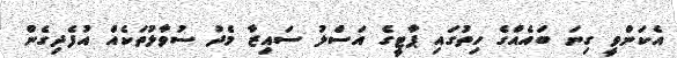
އެކަންވީ ގިނަ ބައެއްގެ ހިތުގައި ޕާޓީގެ އަސްލު ސައިޒާ މެދު ސުވާލުތަކެއް އުފެދިގެން